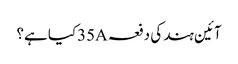
آئین ہند کی دفعہ 35Aکیا ہے؟